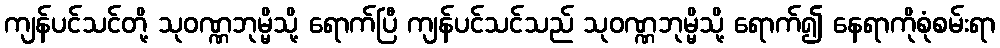
ကျန်ပင်သင်တို့ သုဝဏ္ဏဘုမ္မိသို့ ရောက်ပြီ ကျန်ပင်သင်သည် သုဝဏ္ဏဘုမ္မိသို့ ရောက်၍ နေရာကိုစုံစမ်းရာ